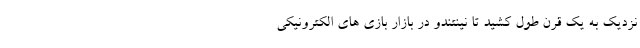
نزدیک به یک قرن طول کشید تا نینتندو در بازار بازی های الکترونیکی